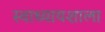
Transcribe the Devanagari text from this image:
स्वाध्यायशाला